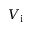
V _ { \mathrm { i } }